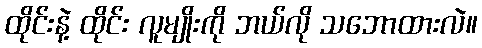
ထိုင်းနဲ့ ထိုင်း လူမျိုးကို ဘယ်လို သဘောထားလဲ။